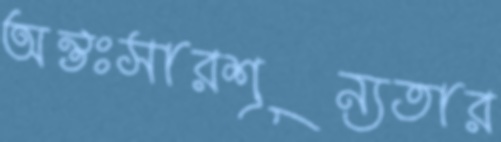
অন্তঃসারশূন্যতার